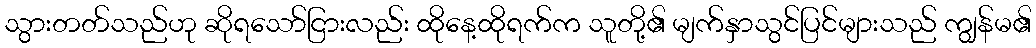
သွားတတ်သည်ဟု ဆိုရသော်ငြားလည်း ထိုနေ့ထိုရက်က သူတို့၏ မျက်နှာသွင်ပြင်များသည် ကျွန်မ၏